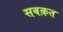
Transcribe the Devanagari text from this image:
सबक़त